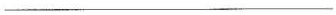
___